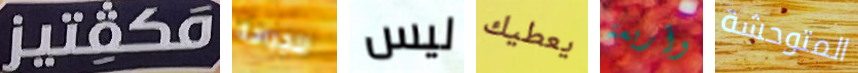
مكفتيز للجراحة ليس يعطيك وأربعة المتوحشة